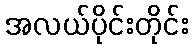
အလယ်ပိုင်းတိုင်း